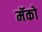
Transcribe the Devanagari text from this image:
मॅको